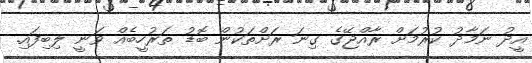
އީދު ނަމާދު ކުރުމަށް ރާއްޖޭގެ ގިނަ ރަށްތަކުން ބޮޑު ތަރުހީބެއް ވަނީ ލިބިފައި.